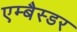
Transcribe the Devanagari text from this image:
एम्बैस्डर